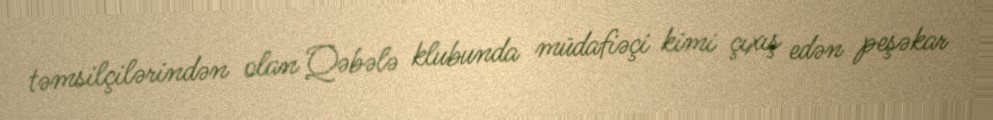
təmsilçilərindən olan Qəbələ klubunda müdafiəçi kimi çıxış edən peşəkar